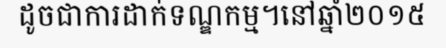
ដូចជាការដាក់ទណ្ឌកម្ម។នៅឆ្នាំ២០១៥